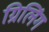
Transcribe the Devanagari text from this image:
ग्रिलिंग